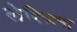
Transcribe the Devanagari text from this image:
लेपिज़मा